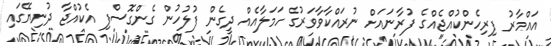
އައްމާރު ފިރިހެންކުއްޖެއްގެ ފުރާނައަށް ނުރައްކާވާވަރުގެ ހަމަލާއެއް ދީގެން ފުލުހުން ގެންގޮސްފި އެކުއްޖާ ދުނިޔޭގައި